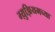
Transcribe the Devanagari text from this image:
म्य़ुझियमच्या